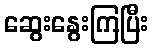
ဆွေးနွေးကြပြီး